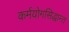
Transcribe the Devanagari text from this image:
कर्मयोगसिद्धान्त